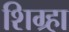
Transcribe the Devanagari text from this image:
शिग्र्हा